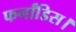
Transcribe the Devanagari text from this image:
फर्नांडिस।